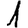
Digit: 1